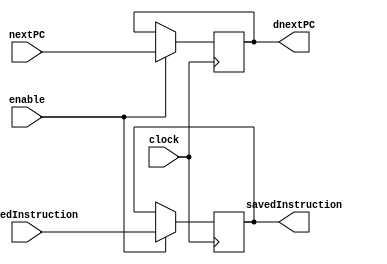
`timescale 1ns / 1ps
////////////////////////////////////////////////////////////////////////////////
// Module Name: Instruction Fetch/Instruction Decode Stage Pipeline Register
// Instruction Stage: Pipeline Register
//
// Description: Pipeline register between stages 1 and 2 of the datapath. Passes
//              through an untouched version of the current instruction each
//              clock cycle. Also passes through the next program counter. Only
//              functions when enabled.
////////////////////////////////////////////////////////////////////////////////


module IF_ID(
    // Inputs
    input clock,
    input enable,
    input [31:0] nextPC,
    input [31:0] loadedInstruction,
    // Outputs
    output reg [31:0] dnextPC,
    output reg [31:0] savedInstruction
    );
    
    always @(posedge clock) begin
        if (enable) begin
            dnextPC <= nextPC;
            savedInstruction <= loadedInstruction;
        end
    end
endmodule